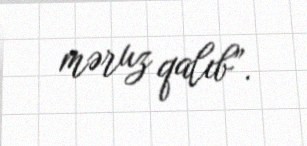
məruz qalıb”.